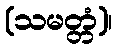
(သမတ္တံ)၊